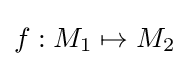
f:M_{1}\mapsto M_{2}